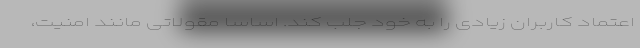
اعتماد کاربران زیادی را به خود جلب کند. اساسا مقولاتی مانند امنیت،